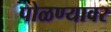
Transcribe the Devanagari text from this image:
पोळण्यावर